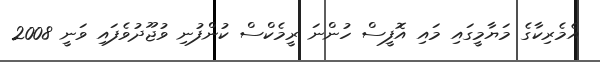
އެމެރިކާގެ މަޔާމީގައި މައި އޮފީސް ހުންނަ ރީމެކްސް ކުންފުނި ވުޖޫދުވެފައި ވަނީ 2008